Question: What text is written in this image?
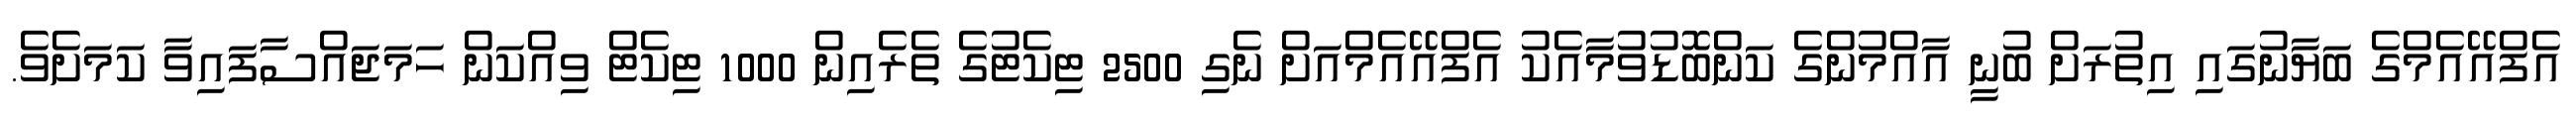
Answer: އެފްއޭއެމްގެ ބަޔާނުގައި އިތުރަށް ބުނީ އާއްމުންގެ ކަންބޮޑުވުމާއެކު އެފްއޭއެމްއަށް ނެގި 2500 ޓިކެޓުގެ ތެރެއިން 1000 ޓިކެޓް ވިއްކަން ހަމަޖައްސާފައިވާ ކަމަށެވެ.